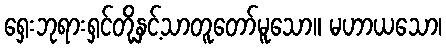
ရှေးဘုရားရှင်တို့နှင့်သာတူတော်မူသော။ မဟာယသော၊